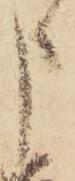
申